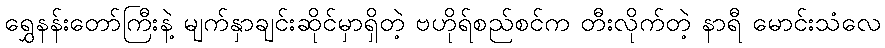
ရွှေနန်းတော်ကြီးနဲ့ မျက်နှာချင်းဆိုင်မှာရှိတဲ့ ဗဟိုရ်စည်စင်က တီးလိုက်တဲ့ နာရီ မောင်းသံလေ